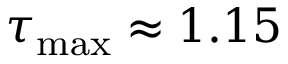
\tau _ { \operatorname* { m a x } } \approx 1 . 1 5